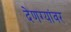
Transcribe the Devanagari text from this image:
देणग्यांवर